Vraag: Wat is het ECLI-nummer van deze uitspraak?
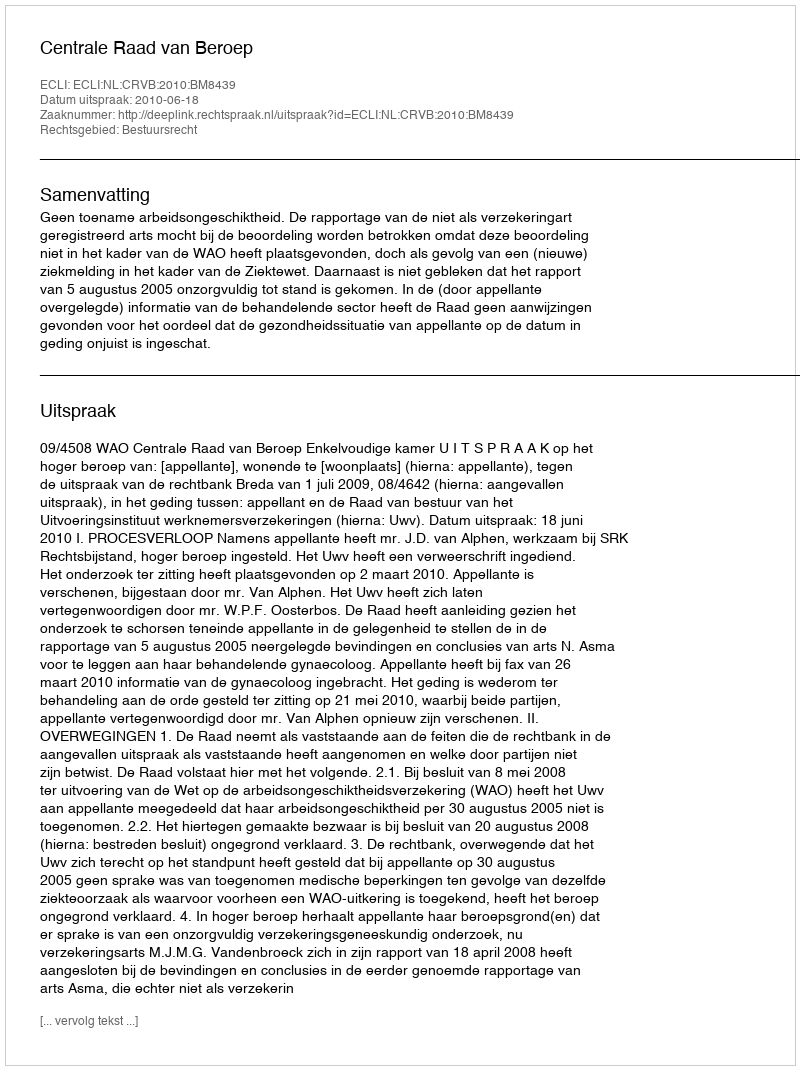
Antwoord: ECLI:NL:CRVB:2010:BM8439